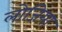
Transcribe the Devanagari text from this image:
लोजिया